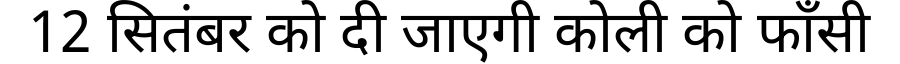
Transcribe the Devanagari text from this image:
12 सितंबर को दी जाएगी कोली को फाँसी